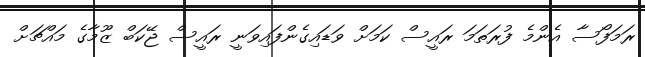
ރަމަފޯސާ އެންމެ ފުރަތަމަ ރައީސް ކަމަށް ވަޑައިގެންފައިވަނީ ރައީސް ޖޭކަބް ޒޫމާގެ މައްޗަށް